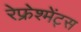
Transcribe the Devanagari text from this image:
रेफ्रेश्मेंट्स